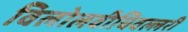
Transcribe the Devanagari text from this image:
विलोलवीचिवल्लरी